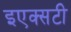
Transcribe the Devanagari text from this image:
इएक्सटी